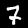
Label: 7